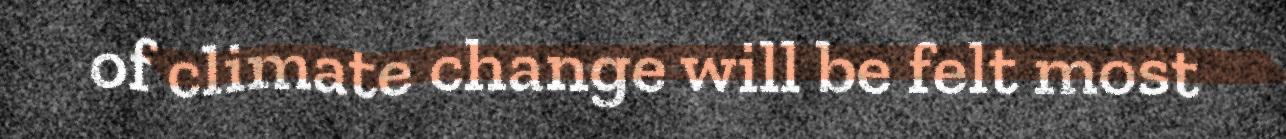
of climate change will be felt most